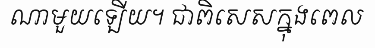
ណាមួយឡើយ។ ជាពិសេសក្នុងពេល